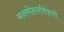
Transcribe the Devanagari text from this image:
मनमोहनसिंहनी